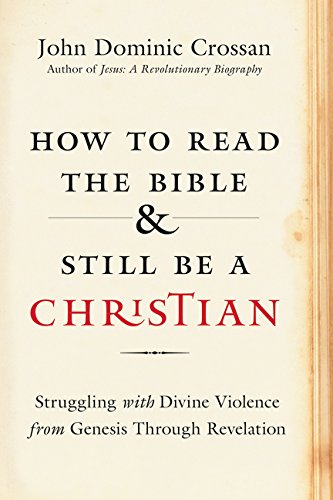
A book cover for How to Read the Bible and Still Be a Christian: Struggling with Divine Violence from Genesis Through Revelation; John Dominic Crossan; Christian Books & Bibles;